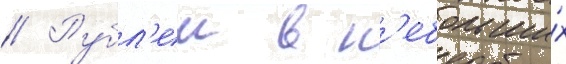
// Рубл'еи в н'ебольши́х